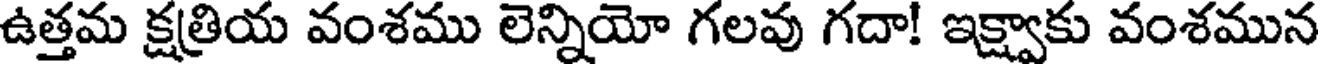
ఉత్తమ క్షత్రియ వంశము లెన్నియో గలవు గదా! ఇక్ష్వాకు వంశమున